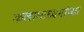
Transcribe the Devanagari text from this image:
कलामाध्यमांच्या